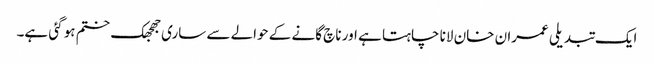
ایک تبدیلی عمران خان لانا چاہتا ہے اور ناچ گانے کے حوالے سے ساری جھجھک ختم ہو گئی ہے۔